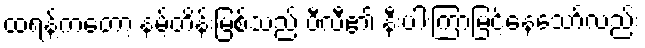
ထရန့်ကတော့ နမ့်တိန်းမြစ်သည် ပီလီ၏ နီးပါးကြာမြင့်နေသော်လည်း